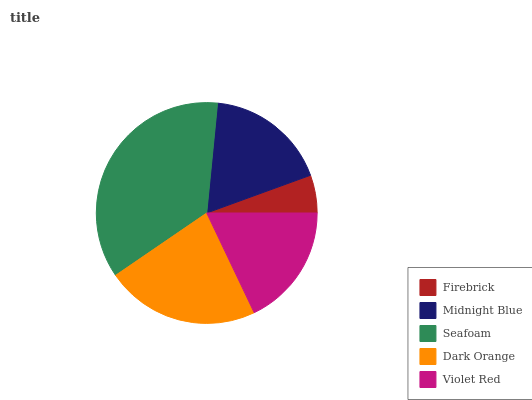
| Firebrick | Midnight Blue | Seafoam | Dark Orange | Violet Red |
 | --- | --- | --- | --- | --- |
 | 5.53% | 17.8% | 36.1% | 22.6% | 18% |